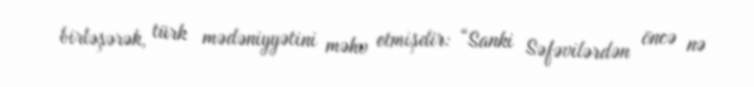
birləşərək, türk mədəniyyətini məhv etmişdir: “Sanki Səfəvilərdən öncə nə